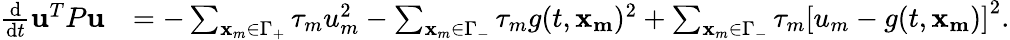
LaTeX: \begin{array}{rl}{\frac{\mathrm{d}}{\mathrm{d}t}\mathbf{u}^{T}P\mathbf{u}}&{=-\sum_{\mathbf{x}_{m}\in\Gamma_{+}}\tau_{m}u_{m}^{2}-\sum_{\mathbf{x}_{m}\in\Gamma_{-}}\tau_{m}g(t,\mathbf{x_{m}})^{2}+\sum_{\mathbf{x}_{m}\in\Gamma_{-}}\tau_{m}\left[u_{m}-g(t,\mathbf{x_{m}})\right]^{2}.}\end{array}